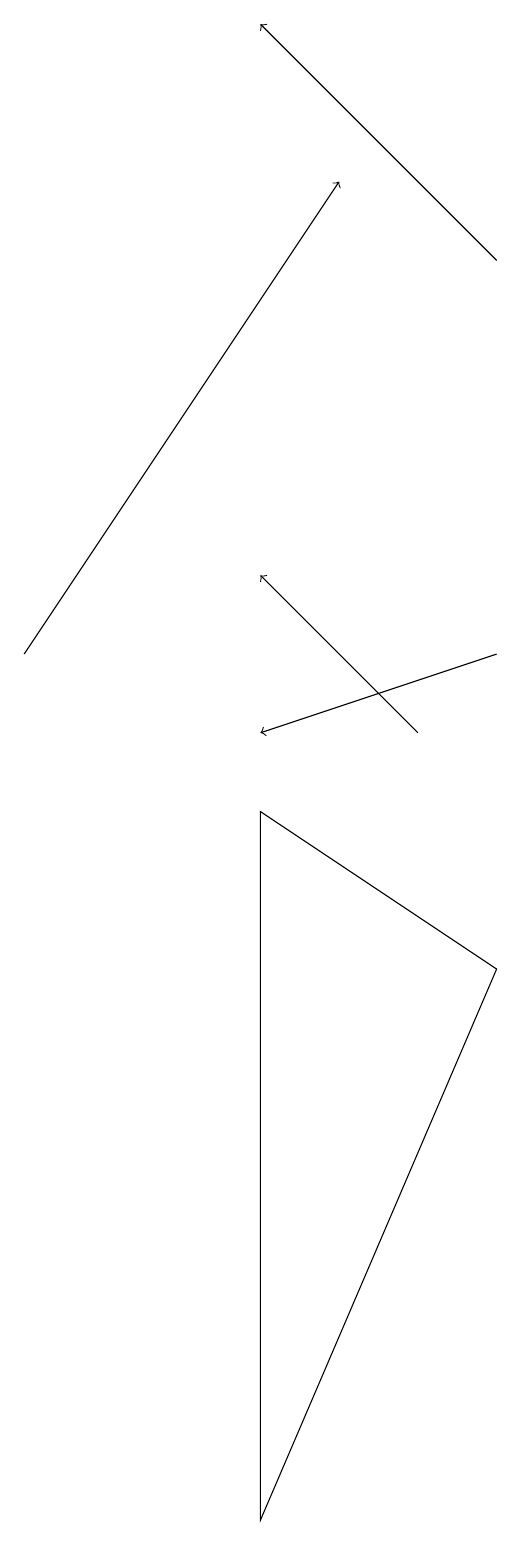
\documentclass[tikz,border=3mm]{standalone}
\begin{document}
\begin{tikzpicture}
\draw[->] (3,11) -- (7,17);
\draw[->] (8,10) -- (6,12);
\draw[->] (9,16) -- (6,19);
\draw (9,7) -- (6,9) -- (6,0) -- cycle;
\draw[->] (9,11) -- (6,10);
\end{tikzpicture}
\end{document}